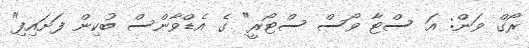
ރޯގް ވަން: އަ ސްޓާ ވޯސް ސްޓޯރީ" ގެ އެޑްވާންސް ބުކިން ފަށައިފި"